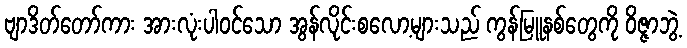
ဗျာဒိတ်တော်ကား အားလုံးပါ၀င်သော အွန်လိုင်းစလော့များသည် ကွန်မြူနစ်တွေကို ဝိဇ္ဇာဘွဲ့